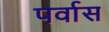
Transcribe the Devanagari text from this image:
पर्वास